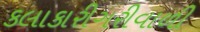
કલાકારીગરીવાળી